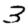
Digit: 3